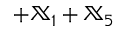
+ { \mathbb X } _ { 1 } + { \mathbb X } _ { 5 }